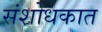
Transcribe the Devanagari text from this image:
संशोधकात